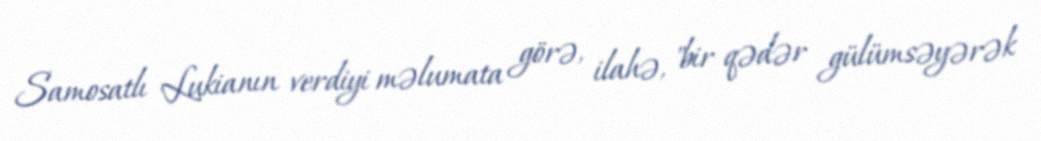
Samosatlı Lukianın verdiyi məlumata görə, ilahə, "bir qədər gülümsəyərək